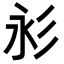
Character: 𢒋